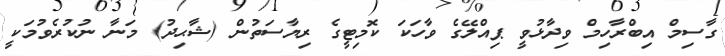
ގާސިމް އިބްރާހިމް ވިދާޅުވީ ޕިއްލޭގެ ވާހަކަ ކޮމިޓީގެ ރިޔާސަތުން (ޝާޙިދު) މަނާ ނުކުރެވުމަކީ